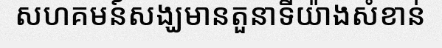
សហគមន៍សង្ឃមានតួនាទីយ៉ាងសំខាន់